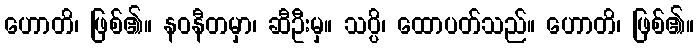
ဟောတိ၊ ဖြစ်၏။ နဝနီတမှာ၊ ဆီဦးမှ။ သပ္ပိ၊ ထောပတ်သည်။ ဟောတိ၊ ဖြစ်၏။